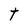
Character: t